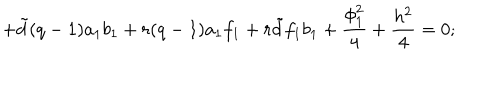
+ { \tilde { d } } ( q - 1 ) a _ { 1 } b _ { 1 } + r ( q - 1 ) a _ { 1 } f _ { 1 } + r { \tilde { d } } f _ { 1 } b _ { 1 } + \frac { \phi _ { 1 } ^ { 2 } } { 4 } + \frac { h ^ { 2 } } { 4 } = 0 ;